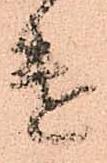
遣